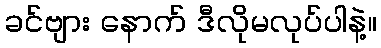
ခင်ဗျား နောက် ဒီလိုမလုပ်ပါနဲ့။